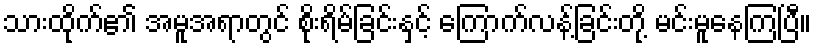
သားထိုက်၏ အမူအရာတွင် စိုးရိမ်ခြင်းနှင့် ကြောက်လန့်ခြင်းတို့ မင်းမူနေကြပြီ။